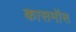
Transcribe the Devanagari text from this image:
कासमॉस